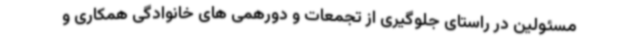
مسئولین در راستای جلوگیری از تجمعات و دورهمی های خانوادگی همکاری و